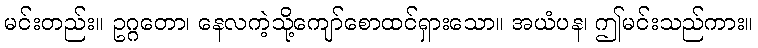
မင်းတည်း။ ဥဂ္ဂတော၊ နေလကဲ့သို့ကျော်စောထင်ရှားသော။ အယံပန၊ ဤမင်းသည်ကား။